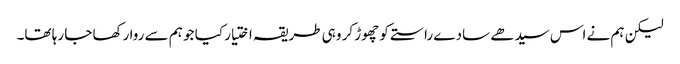
لیکن ہم نے اس سیدھے سادے راستے کو چھوڑ کر وہی طریقہ اختیار کیا جو ہم سے روا رکھا جا رہا تھا۔